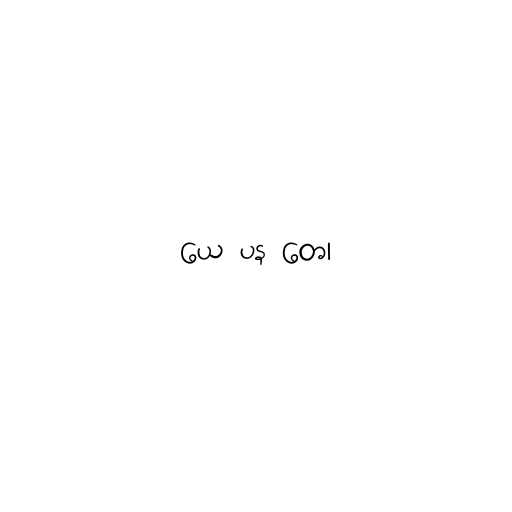
ယေ ပန တေ၊